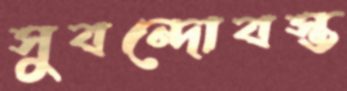
সুবন্দোবস্ত